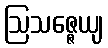
ဩသဇ္ဇေယျ